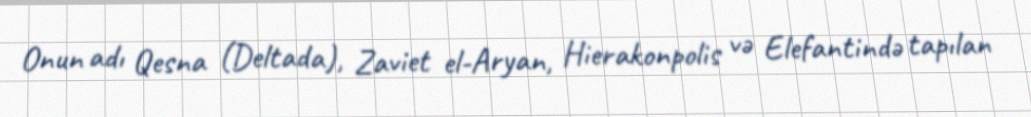
Onun adı Qesna (Deltada), Zaviet el-Aryan, Hierakonpolis və Elefantində tapılan